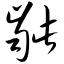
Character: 龇